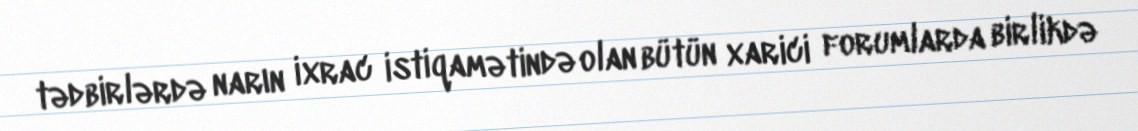
tədbirlərdə narın ixrac istiqamətində olan bütün xarici forumlarda birlikdə